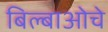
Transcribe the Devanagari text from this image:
बिल्बाओचे